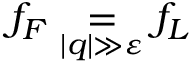
f _ { F } \underset { | q | \gg \varepsilon } = f _ { L }